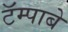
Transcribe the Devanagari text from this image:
टॅम्पाबे